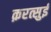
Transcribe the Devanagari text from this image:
क़रत्सुई